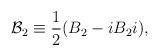
LaTeX: \begin{align*}{\cal B}_2 \equiv \frac{1}{2} (B_2 - i B_2 i),\end{align*}